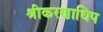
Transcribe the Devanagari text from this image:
श्रीकरणाधिप